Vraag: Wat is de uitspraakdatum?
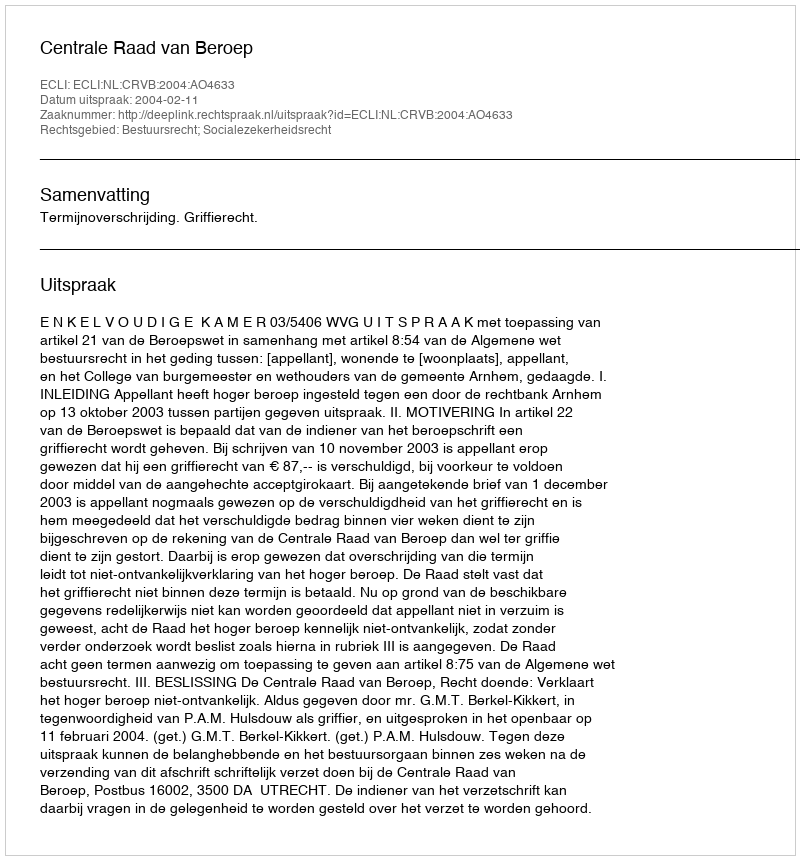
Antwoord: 2004-02-11